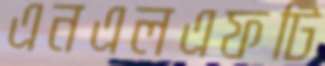
এনএলএফটি